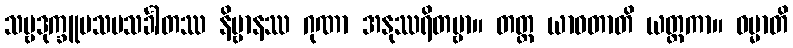
သဗ္ဗဒုက္ခူပသမသင်္ခါတဿ နိဗ္ဗာနဿ ဂုဏာ အနုဿရိတဗ္ဗာ။ တတ္ထ ယာဝတာတိ ယတ္တကာ။ ဓမ္မာတိ